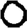
Digit: 0